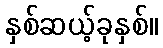
နှစ်ဆယ့်ခုနှစ်။